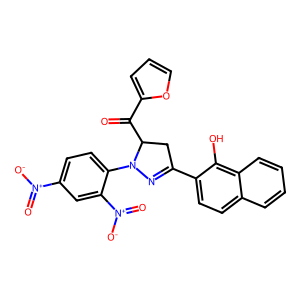
SMILES: O=C(c1ccco1)C1CC(c2ccc3ccccc3c2O)=NN1c1ccc([N+](=O)[O-])cc1[N+](=O)[O-]
Inhibits HIV replication: No